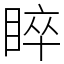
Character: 睟